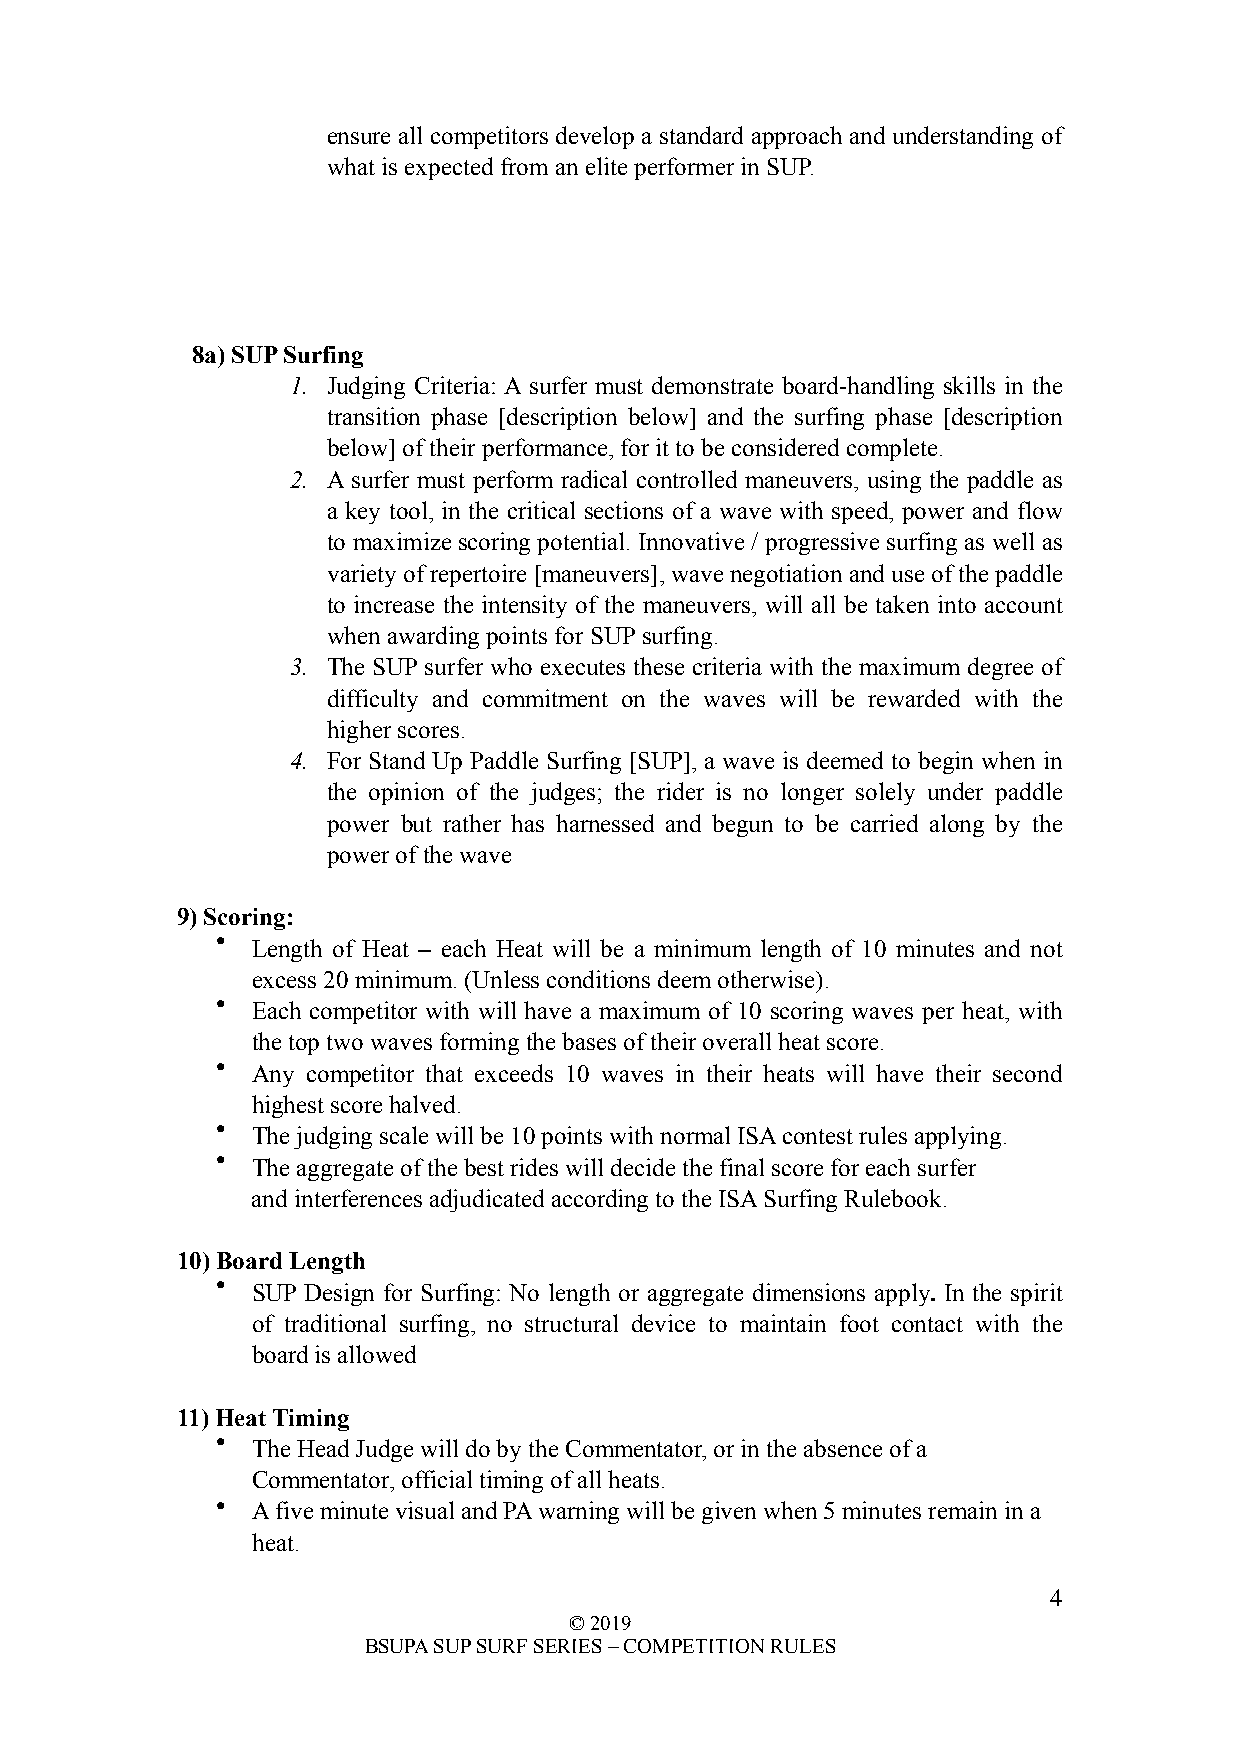
ensure all competitors develop a standard approach and understanding of
 what is expected from an elite performer in SUP.
 8a) SUP Surfing
 1. Judging Criteria: A surfer must demonstrate board-handling skills in the
 transition phase [description below] and the surfing phase [description
 below] of their performance, for it to be considered complete.
 2. A surfer must perform radical controlled maneuvers, using the paddle as
 a key tool, in the critical sections of a wave with speed, power and flow
 to maximize scoring potential. Innovative / progressive surfing as well as
 variety of repertoire [maneuvers], wave negotiation and use of the paddle
 to increase the intensity of the maneuvers, will all be taken into account
 when awarding points for SUP surfing.
 3. The SUP surfer who executes these criteria with the maximum degree of
 difficulty and commitment on the waves will be rewarded with the
 higher scores.
 4. For Stand Up Paddle Surfing [SUP], a wave is deemed to begin when in
 the opinion of the judges; the rider is no longer solely under paddle
 power but rather has harnessed and begun to be carried along by the
 power of the wave
 9) Scoring:
 •  Length of Heat – each Heat will be a minimum length of 10 minutes and not
 excess 20 minimum. (Unless conditions deem otherwise).
 •  Each competitor with will have a maximum of 10 scoring waves per heat, with
 the top two waves forming the bases of their overall heat score.
 •  Any competitor that exceeds 10 waves in their heats will have their second
 highest score halved.
 •  The judging scale will be 10 points with normal ISA contest rules applying.
 •  The aggregate of the best rides will decide the final score for each surfer
 and interferences adjudicated according to the ISA Surfing Rulebook.
 10) Board Length
 •  SUP Design for Surfing: No length or aggregate dimensions apply. In the spirit
 of traditional surfing, no structural device to maintain foot contact with the
 board is allowed
 11) Heat Timing
 •  The Head Judge will do by the Commentator, or in the absence of a
 Commentator, official timing of all heats.
 •  A five minute visual and PA warning will be given when 5 minutes remain in a
 heat.
 !4
 © 2019
 BSUPA SUP SURF SERIES – COMPETITION RULES